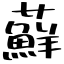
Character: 蘚